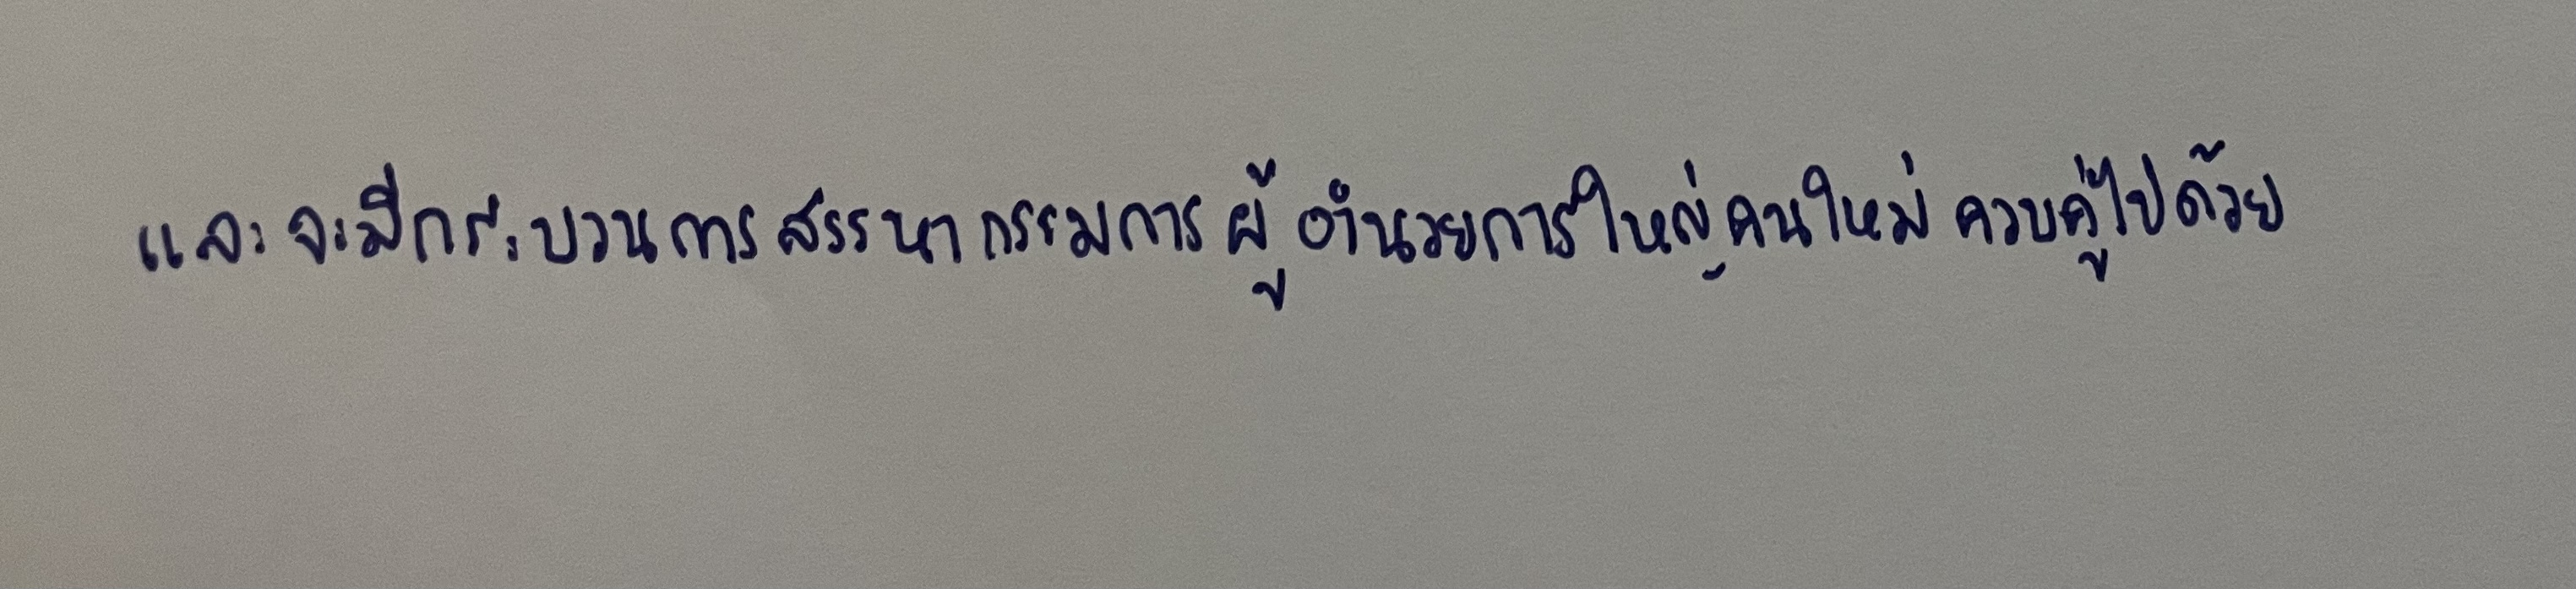
และจะมีกระบวนการสรรหากรรมการผู้อำนวยการใหญ่คนใหม่ควบคู่ไปด้วย